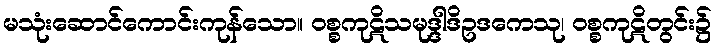
မသုံးဆောင်ကောင်းကုန်သော။ ဝစ္စကုဋိသမုဒ္ဒါဒိဥဒကေသု၊ ဝစ္စကုဋိတွင်း၌